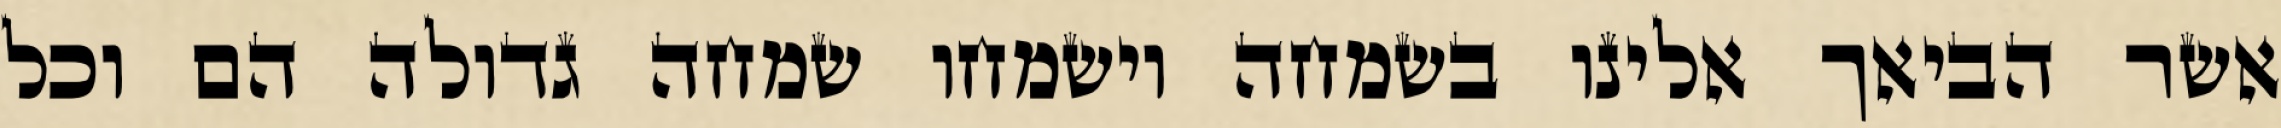
אשר הביאך אלינו בשמחה וישמחו שמחה גדולה הם וכל